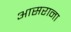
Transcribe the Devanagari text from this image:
आसराना